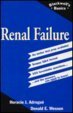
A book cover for Renal Failure (Balckwell's Basics of Medicine); Horacio J. A. Adrogue MD; Medical Books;